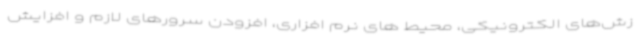
زش‌های الکترونیکی، محیط های نرم افزاری، افزودن سرورهای لازم و افزایش